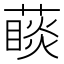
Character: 𦽉